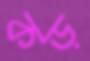
কড়